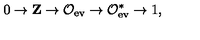
0 \rightarrow { \bf Z } \rightarrow { \cal O } _ { \mathrm { e v } } \rightarrow { \cal O } _ { \mathrm { e v } } ^ { * } \rightarrow 1 ,